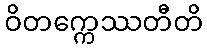
ဝိတက္ကေဿတီတိ